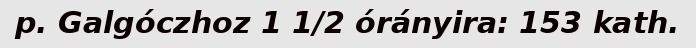
p. Galgóczhoz 1 1/2 órányira: 153 kath.